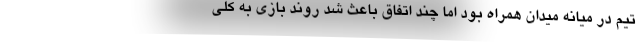
تیم در میانه میدان همراه بود اما چند اتفاق باعث شد روند بازی به کلی